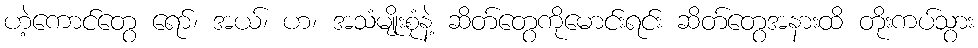
ဟဲ့ကောင်တွေ ရော်၊ အယ်၊ ဟ၊ အသံမျိုးစုံနဲ့ ဆိတ်တွေကိုမောင်းရင်း ဆိတ်တွေအနားထိ တိုးကပ်သွား